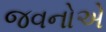
જવનોએ